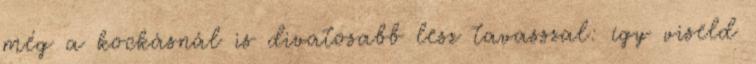
még a kockásnál is divatosabb lesz tavasszal: így viseld